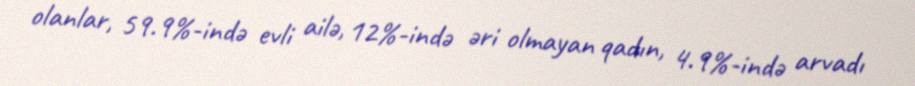
olanlar, 59.9%-ində evli ailə, 12%-ində əri olmayan qadın, 4.9%-ində arvadı